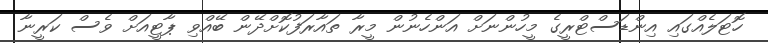
ހޮޓަލެއްގައި އިންޑަސްޓްރީގެ މީހުންނަށް އަންހެނުން މީރާ ތައާރަފުކޮށްދޭން ބޭއްވި ޕާޓީއަށް ވެސް ކަރީނާ